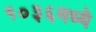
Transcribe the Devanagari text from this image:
१०३६मध्ये